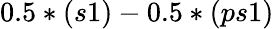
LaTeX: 0.5*(s1)-0.5*(ps1)